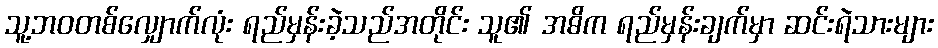
သူ့ဘဝတစ်လျှောက်လုံး ရည်မှန်းခဲ့သည်အတိုင်း သူ၏ အဓိက ရည်မှန်းချက်မှာ ဆင်းရဲသားများ